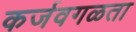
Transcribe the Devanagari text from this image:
कर्जवगळता